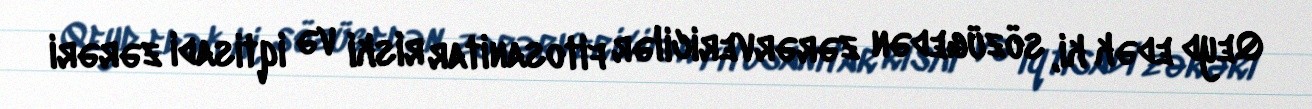
Qeyd edək ki, sözügedən zərərvericilər fitosanitar riski və iqtisadi zərəri